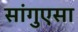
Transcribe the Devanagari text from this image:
सांगुएसा